Report on malaria in the Punjab during the year ...  together with an account of the work of the Punjab Malaria Bureau - Volume 4
Disease focus: Malaria
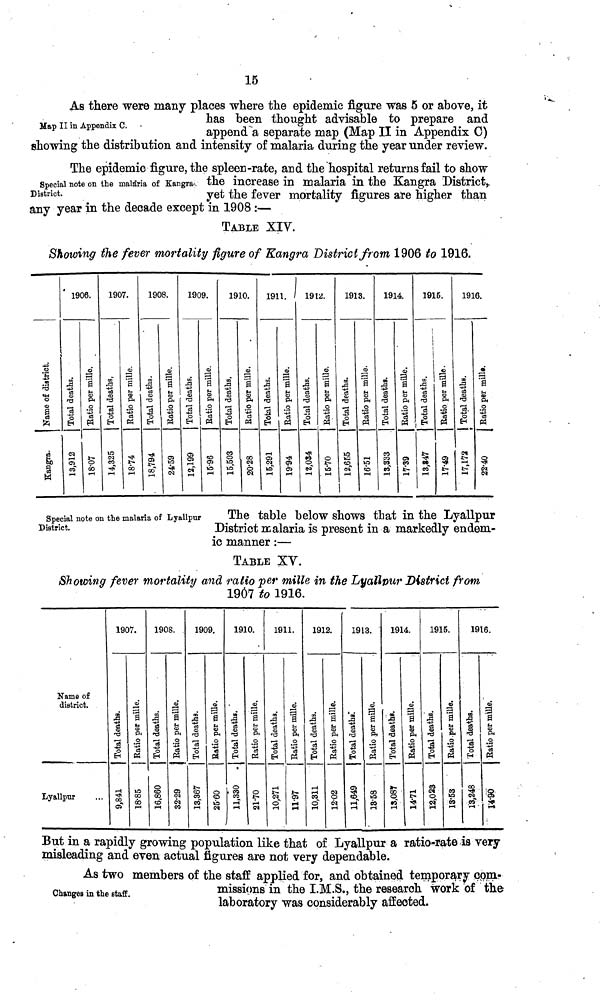
15
Map II in Appendix C.
As there were many places where the epidemic figure was 5 or above, it
has been thought advisable to prepare and
append a separate map (Map II in Appendix 0)
showing the distribution and intensity of malaria during the year under review.
Special note on the malaria of Kangra,
District.
The epidemic figure, the spleen-rate, and the hospital returns fail to show
the increase in malaria in the Kangra District,
yet the fever mortality figures are higher than
any year m the decade except in 1908 :—
TABLE XIV.
Name of District
1906.
Total deaths.
190
Ratio per mille.
7.
Total deaths
190
Ratio per mille.
8.
Total deaths.
(M
190
Ratio per mille.
r—1
9.
Total deaths.
19
Ratio per mille.
ID
i-l
10.
191
Total deaths.
ô
ia
Cq
rH
1.
Ratio per mille.
-<?
o>
o>
i—i
191
Total deaths.
o
ea
i—i
2.
Ratio per mille.
o
.t-
\O
. 1—1
191
Total deaths.
i«
CD
i—t
3.
Ratio per mille.
i—t
in
to
191
Total deaths.
eo
co
M
eo
1-4
4.
Ratio per mille.
o»
CO
t-
r—1
191
Total deaths.
->?
m
eo"
rH
5.
Ratio per mille.
t-
i—i
191
Total deaths.
t-
i—i
tĩ
—i
6.
Ratio per mille.
Special note on the malaria of Lyallpur
District.
The table below shows that in the Lyallpur
District malaria is present in a markedly endem-
ic manner :—
TABLE XV.
Showing fever mortality and ratio per mille in the Lyallpur District from
1907 to 1916.
Name of
district.
Lyallpur
190
Total deaths.
9,841
7.
Ratio per mille.
18.85
190
Total deaths.
16,860
8.
Ratio per mille.
32.29
190
Total deaths.
13,387
)9.
Ratio per mille.
25.60
191
Total deaths.
11,330
0.
Ratio per mille.
21.70
191
Total deaths.
10,271
1.
Ratio per mille.
11.97
191
Total deaths.
10,311
2.
Ratio per mille.
12.02
191
Total deaths.
11,649
3.
Ratio per mille.
13.58
191
Total deaths.
13,087
4.
Ratio per mille.
14.71
191
Total deaths.
12,023
5.
Ratio per mille.
13.53
19
Total deaths.
13,248
16.
Ratio per mille.
14.90
But in a rapidly growing population like that of Lyallpur a ratio-rate is very-
misleading and even actual figures are not very dependable.
Changes in the staff.
As two members of the staff applied for, and obtained temporary com-
missions in the I.M.S., the research work of the
laboratory was considerably affected.
Showing the fever mortality figure of Kangra District from 1906 to 1916.